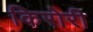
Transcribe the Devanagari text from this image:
किरोरी